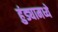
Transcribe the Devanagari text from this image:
हुंड्यामध्ये